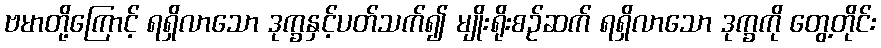
ဗမာတို့ကြောင့် ရရှိလာသော ဒုက္ခနှင့်ပတ်သက်၍ မျိုးရိုးစဉ်ဆက် ရရှိလာသော ဒုက္ခကို တွေ့တိုင်း